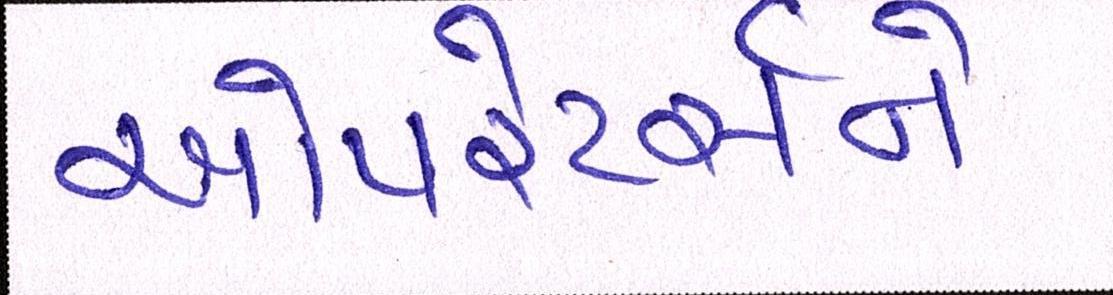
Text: ઓપરેટર્સને